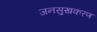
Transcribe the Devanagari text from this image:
जनसुखकरण